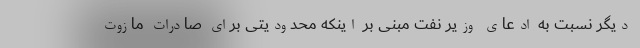
دیگر نسبت به ادعای وزیر نفت مبنی بر اینکه محدودیتی برای صادرات مازوت